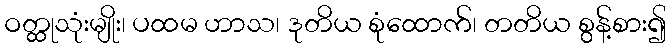
ဝတ္ထုသုံးမျိုး၊ ပထမ ဟာသ၊ ဒုတိယ စုံထောက်၊ တတိယ စွန့်စား၍